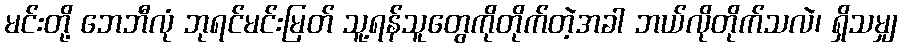
မင်းတို့ ဘေဘီလုံ ဘုရင်မင်းမြတ် သူ့ရန်သူတွေကိုတိုက်တဲ့အခါ ဘယ်လိုတိုက်သလဲ၊ ရှိသမျှ